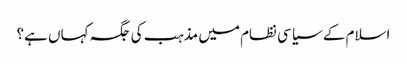
اسلام کے سیاسی نظام میں مذہب کی جگہ کہاں ہے؟